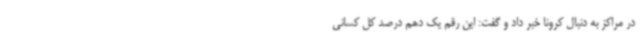
در مراکز به دنبال کرونا خبر داد و گفت: این رقم یک دهم درصد کل کسانی